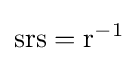
\mathrm {srs} =\mathrm {r} ^{-1}